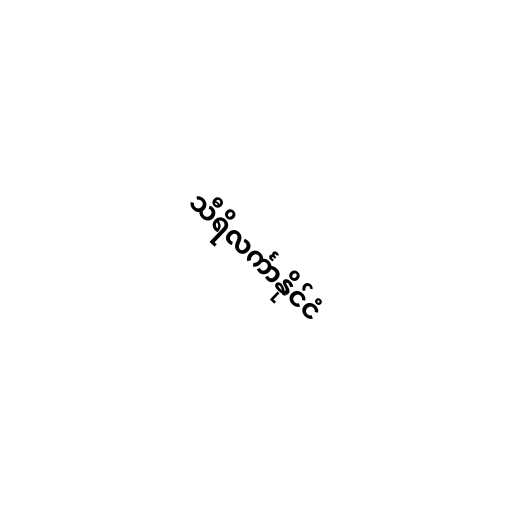
သီရိလင်္ကာနိုင်ငံ